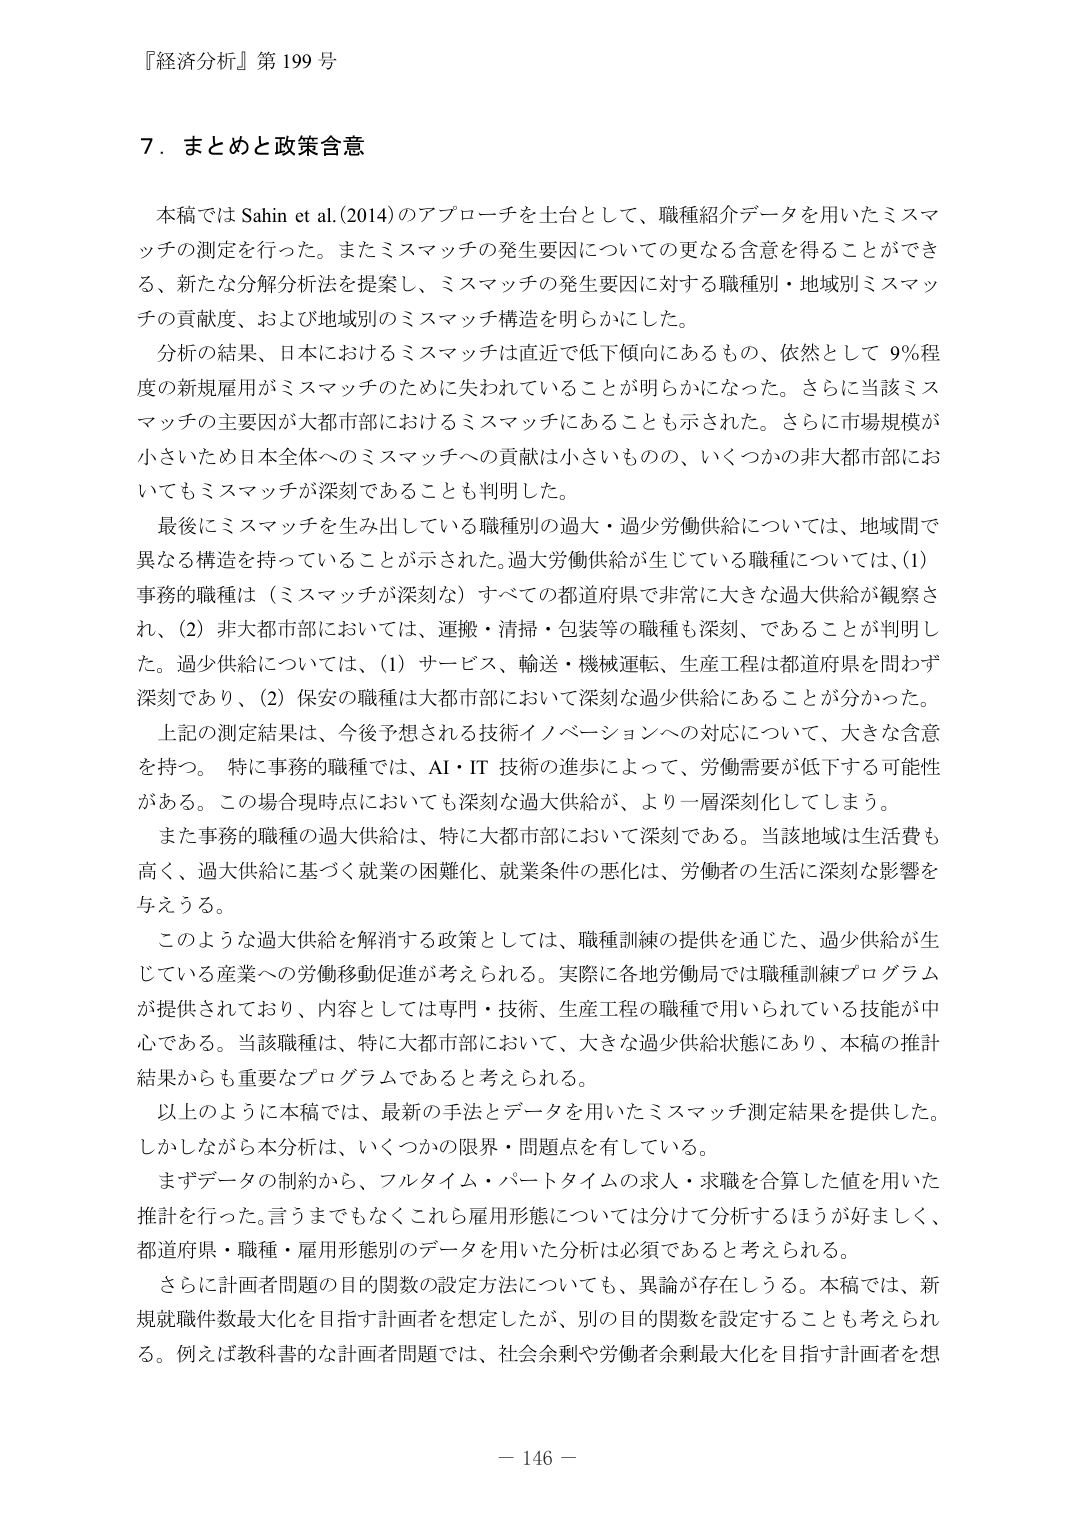
『経済分析』第199号

7．まとめと政策含意

本稿ではSahin et al.(2014)のアプローチを土台として、職種紹介データを用いたミスマッチの測定を行った。またミスマッチの発生要因についての更なる含意を得ることができ、新たな分解分析法を提案し、ミスマッチの発生要因に対する職種別・地域別ミスマッチの貢献度、および地域別のミスマッチ構造を明らかにした。

分析の結果、日本におけるミスマッチは直近で低下傾向にあるものの、依然として9％程度の新規雇用がミスマッチのために失われていることが明らかになった。さらに当該ミスマッチの主要因が大都市部におけるミスマッチにあることも示された。さらに市場規模が小さいため日本全体へのミスマッチへの貢献は小さいものの、いくつかの非大都市部においてもミスマッチが深刻であることも判明した。

最後にミスマッチを生み出している職種別の過大・過少労働供給については、地域間で異なる構造を持っていることが示された。過大労働供給が生じている職種については、(1)事務的職種は（ミスマッチが深刻な）すべての都道府県で非常に大きな過大供給が観察され、(2)非大都市部においては、運搬・清掃・包装等の職種も深刻、であることが判明した。過少供給については、(1)サービス、輸送・機械運転、生産工程は都道府県を問わず深刻であり、(2)保安の職種は大都市部において深刻な過少供給にあることが分かった。

上記の測定結果は、今後予想される技術イノベーションへの対応について、大きな含意を持つ。特に事務的職種では、AI・IT技術の進歩によって、労働需要が低下する可能性がある。この場合現時点においても深刻な過大供給が、より一層深刻化してしまう。

また事務的職種の過大供給は、特に大都市部において深刻である。当該地域は生活費も高く、過大供給に基づく就業の困難化、就業条件の悪化は、労働者の生活に深刻な影響を与える。

このような過大供給を解消する政策としては、職種訓練の提供を通じた、過少供給が生じている産業への労働移動促進が考えられる。実際に各地労働局では職種訓練プログラムが提供されており、内容としては専門・技術、生産工程の職種で用いられている技能が中心である。当該職種は、特に大都市部において、大きな過少供給状態にあり、本稿の推計結果からも重要なプログラムであると考えられる。

以上のように本稿では、最新の手法とデータを用いたミスマッチ測定結果を提供した。しかしながら本分析は、いくつかの限界・問題点を有している。

まずデータの制約から、フルタイム・パートタイムの求人・求職を合算した値を用いた推計を行った。言うまでもなくこれら雇用形態については分けて分析するほうが好ましく、都道府県・職種・雇用形態別のデータを用いた分析は必須であると考えられる。

さらに計画者問題の目的関数の設定方法についても、異論が存在しうる。本稿では、新規就職件数最大化を目指す計画者を想定したが、別の目的関数を設定することも考えられる。例えば教科書的な計画者問題では、社会余剰や労働者余剰最大化を目指す計画者を想

－146－